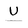
Character: u